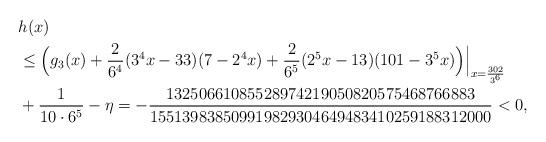
LaTeX: \begin{align*}&h(x)\\&\le \Bigl(g_3(x)+\frac{2}{6^4} (3^4x-33)(7-2^4x)+\frac{2}{6^5} (2^5x-13)(101-3^5x)\Bigr)\Bigr|_{x=\frac{302}{3^6}}\\& + \frac1{10\cdot 6^5}- \eta=-\frac{13250661085528974219050820575468766883}{155139838509919829304649483410259188312000}<0,\end{align*}